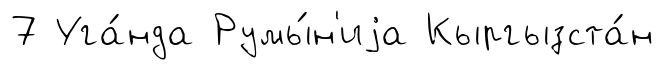
7 Уга́нда Румы́н'иjа Кыргызста́н